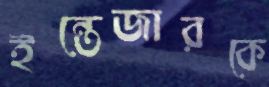
ইন্তেজারকে